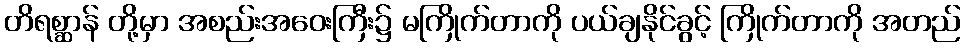
တိရစ္ဆာန် တို့မှာ အစည်းအဝေးကြီး၌ မကြိုက်တာကို ပယ်ချနိုင်ခွင့် ကြိုက်တာကို အတည်